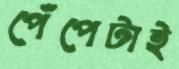
পেঁপেটাই